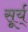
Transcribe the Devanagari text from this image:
सूर्य्